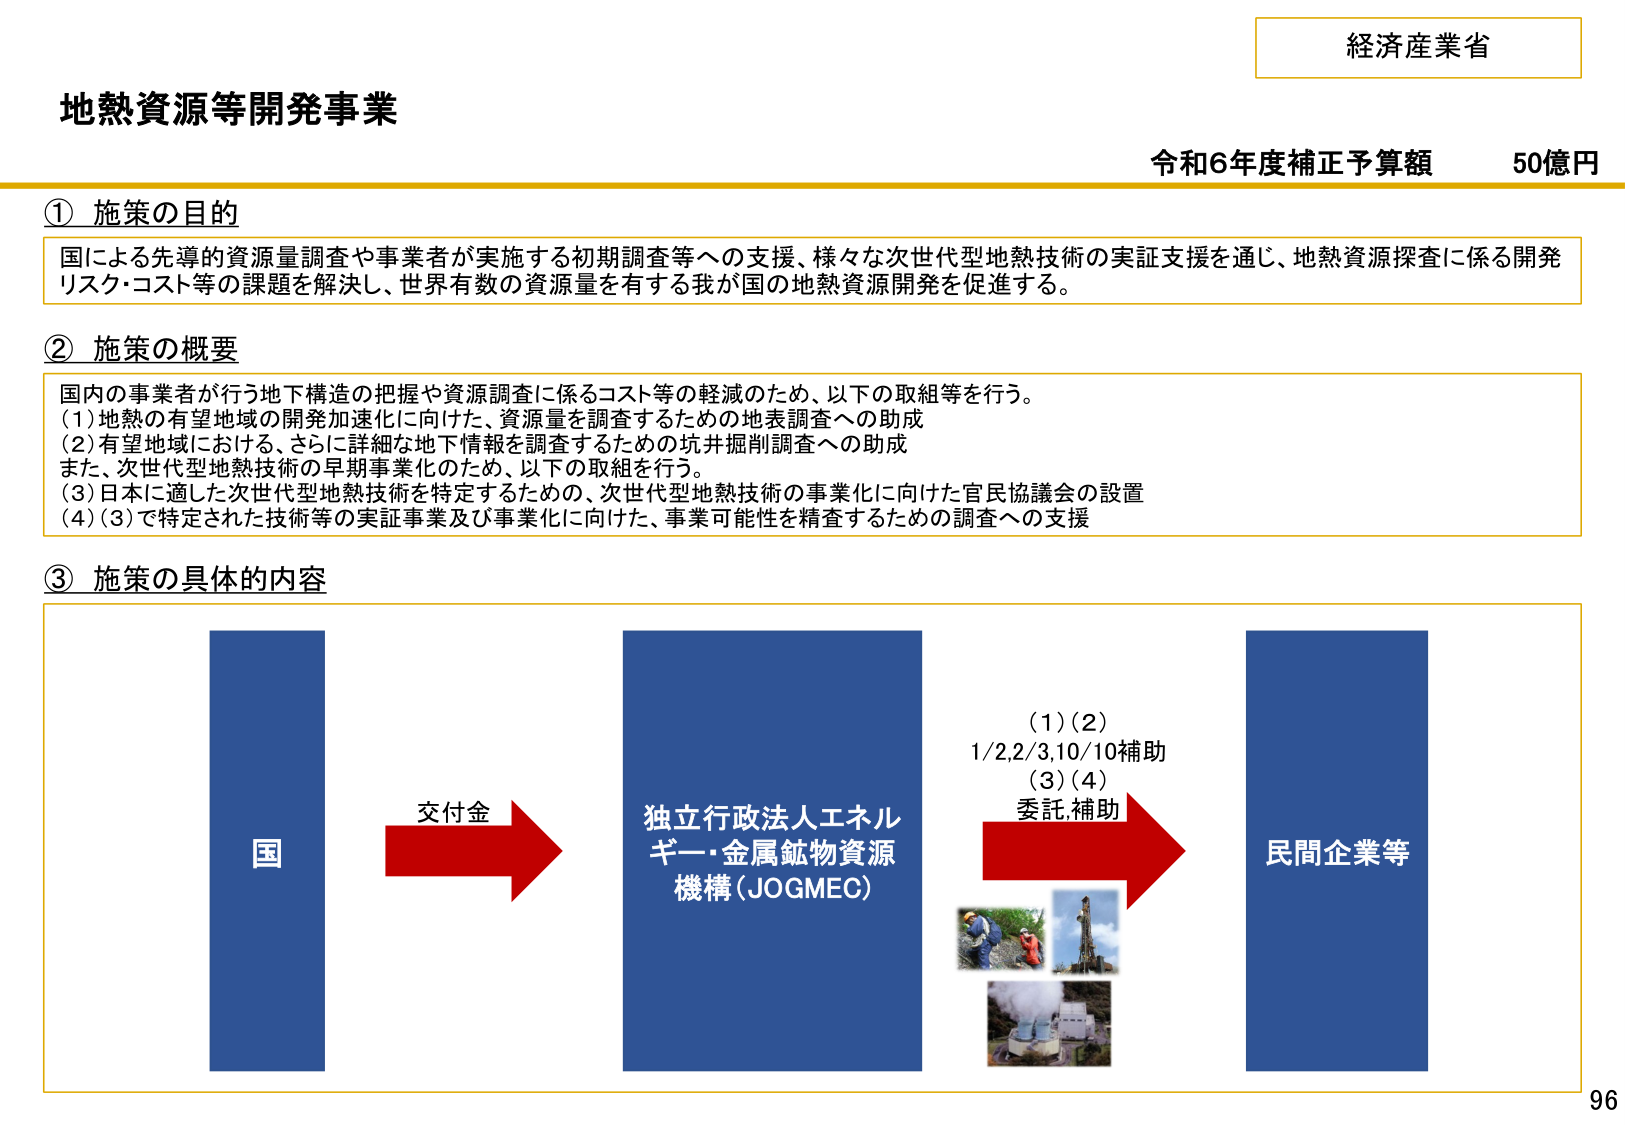
経済産業省
地熱資源等開発事業
令和6年度補正予算額 50億円

① 施策の目的
国による先導的資源量調査や事業者が実施する初期調査等への支援、様々な次世代型地熱技術の実証支援を通じ、地熱資源探査に係る開発リスク・コスト等の課題を解決し、世界有数の資源量を有する我が国の地熱資源開発を促進する。

② 施策の概要
国内の事業者が行う地下構造の把握や資源調査に係るコスト等の軽減のため、以下の取組等を行う。
(1) 地熱の有望地域の開発加速化に向けた、資源量を調査するための地表調査への助成
(2) 有望地域における、さらに詳細な地下情報を調査するための坑井掘削調査への助成
また、次世代型地熱技術の早期事業化のため、以下の取組を行う。
(3) 日本に適した次世代型地熱技術を特定するための、次世代型地熱技術の事業化に向けた官民協議会の設置
(4) (3)で特定された技術等の実証事業及び事業化に向けた、事業可能性を精査するための調査への支援

③ 施策の具体的な内容
国 → 交付金 → 独立行政法人エネルギー・金属鉱物資源機構（JOGMEC） → (1)(2) 1/2,2/3,10/10補助 (3)(4) 委託,補助 → 民間企業等

96